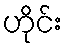
ဟိုင်း